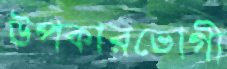
উপকারভোগী